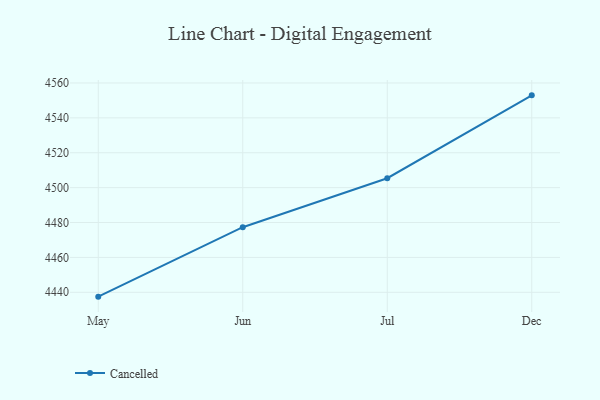
{"axis": {"x": "Month", "y": "Net Income (USD K)"}, "legend": ["Cancelled"], "data": [{"x": "May", "y": 4437.5, "type": "Cancelled"}, {"x": "Jun", "y": 4477.3, "type": "Cancelled"}, {"x": "Jul", "y": 4505.4, "type": "Cancelled"}, {"x": "Dec", "y": 4552.9, "type": "Cancelled"}]}